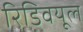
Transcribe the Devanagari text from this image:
रिडिवयूल